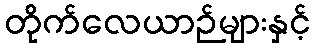
တိုက်လေယာဉ်များနှင့်